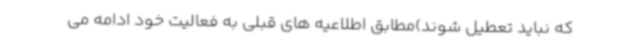
که نباید تعطیل شوند)مطابق اطلاعیه های قبلی به فعالیت خود ادامه می